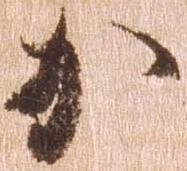
か